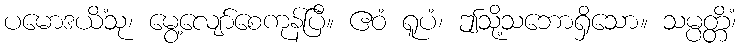
ပမောဒယိံသု၊ မွေ့လျော်စေကုန်ပြီ။ ဧဝံ ရူပံ၊ ဤသို့သဘောရှိသော။ သမ္ပတ္တိံ၊